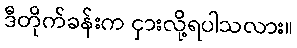
ဒီတိုက်ခန်းက ငှားလို့ရပါသလား။